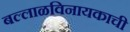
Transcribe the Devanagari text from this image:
बल्लाळविनायकाची